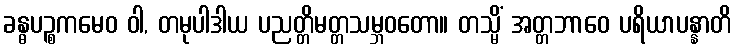
ခန္ဓပဉ္စကမေဝ ဝါ, တမုပါဒါယ ပညတ္တိမတ္တသမ္ဘဝတော။ တသ္မိံ အတ္တဘာဝေ ပရိယာပန္နာတိ